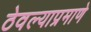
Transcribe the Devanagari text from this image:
ठेवल्याप्रमाणे